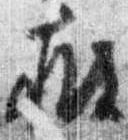
披